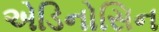
એડિનોસિન